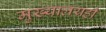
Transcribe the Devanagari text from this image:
मुख्यालयही